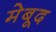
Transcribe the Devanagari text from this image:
मेबूद